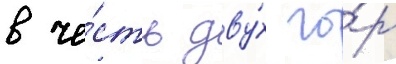
в че́сть дву́х го́р